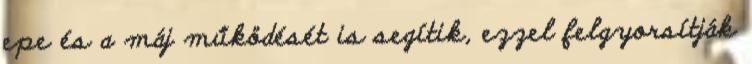
epe és a máj működését is segítik, ezzel felgyorsítják